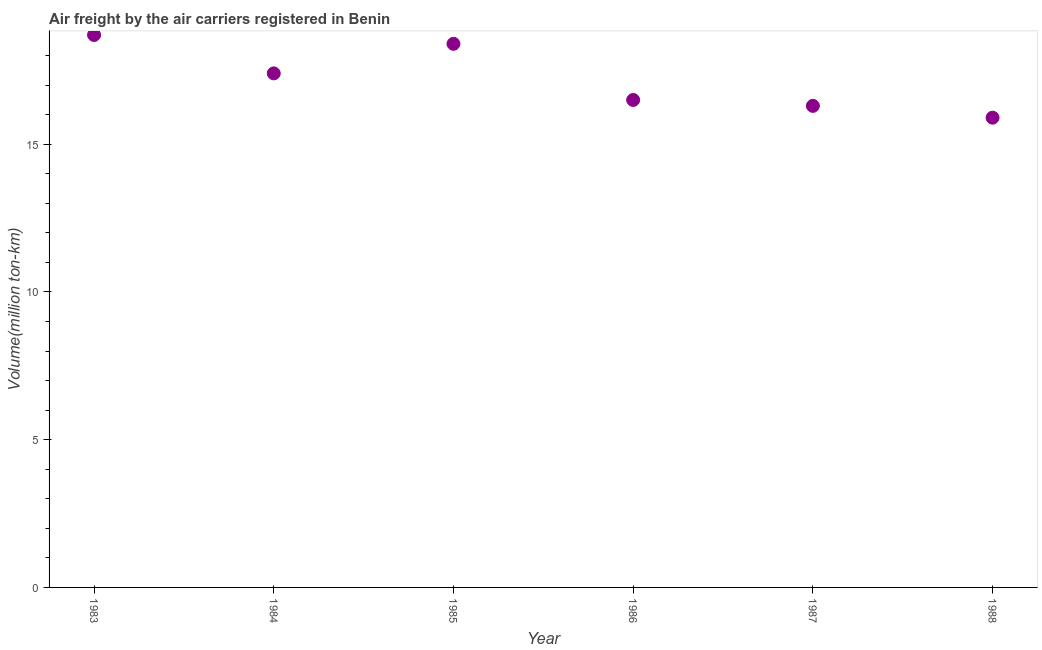
| Year | Air transport |
 | --- | --- |
 | 1983 | 18.7 |
 | 1984 | 17.4 |
 | 1985 | 18.4 |
 | 1986 | 16.5 |
 | 1987 | 16.3 |
 | 1988 | 15.9 |